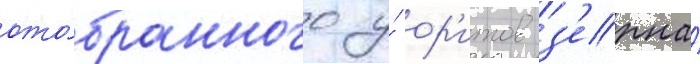
ото́бранного у́ ор'итов з'ерна́